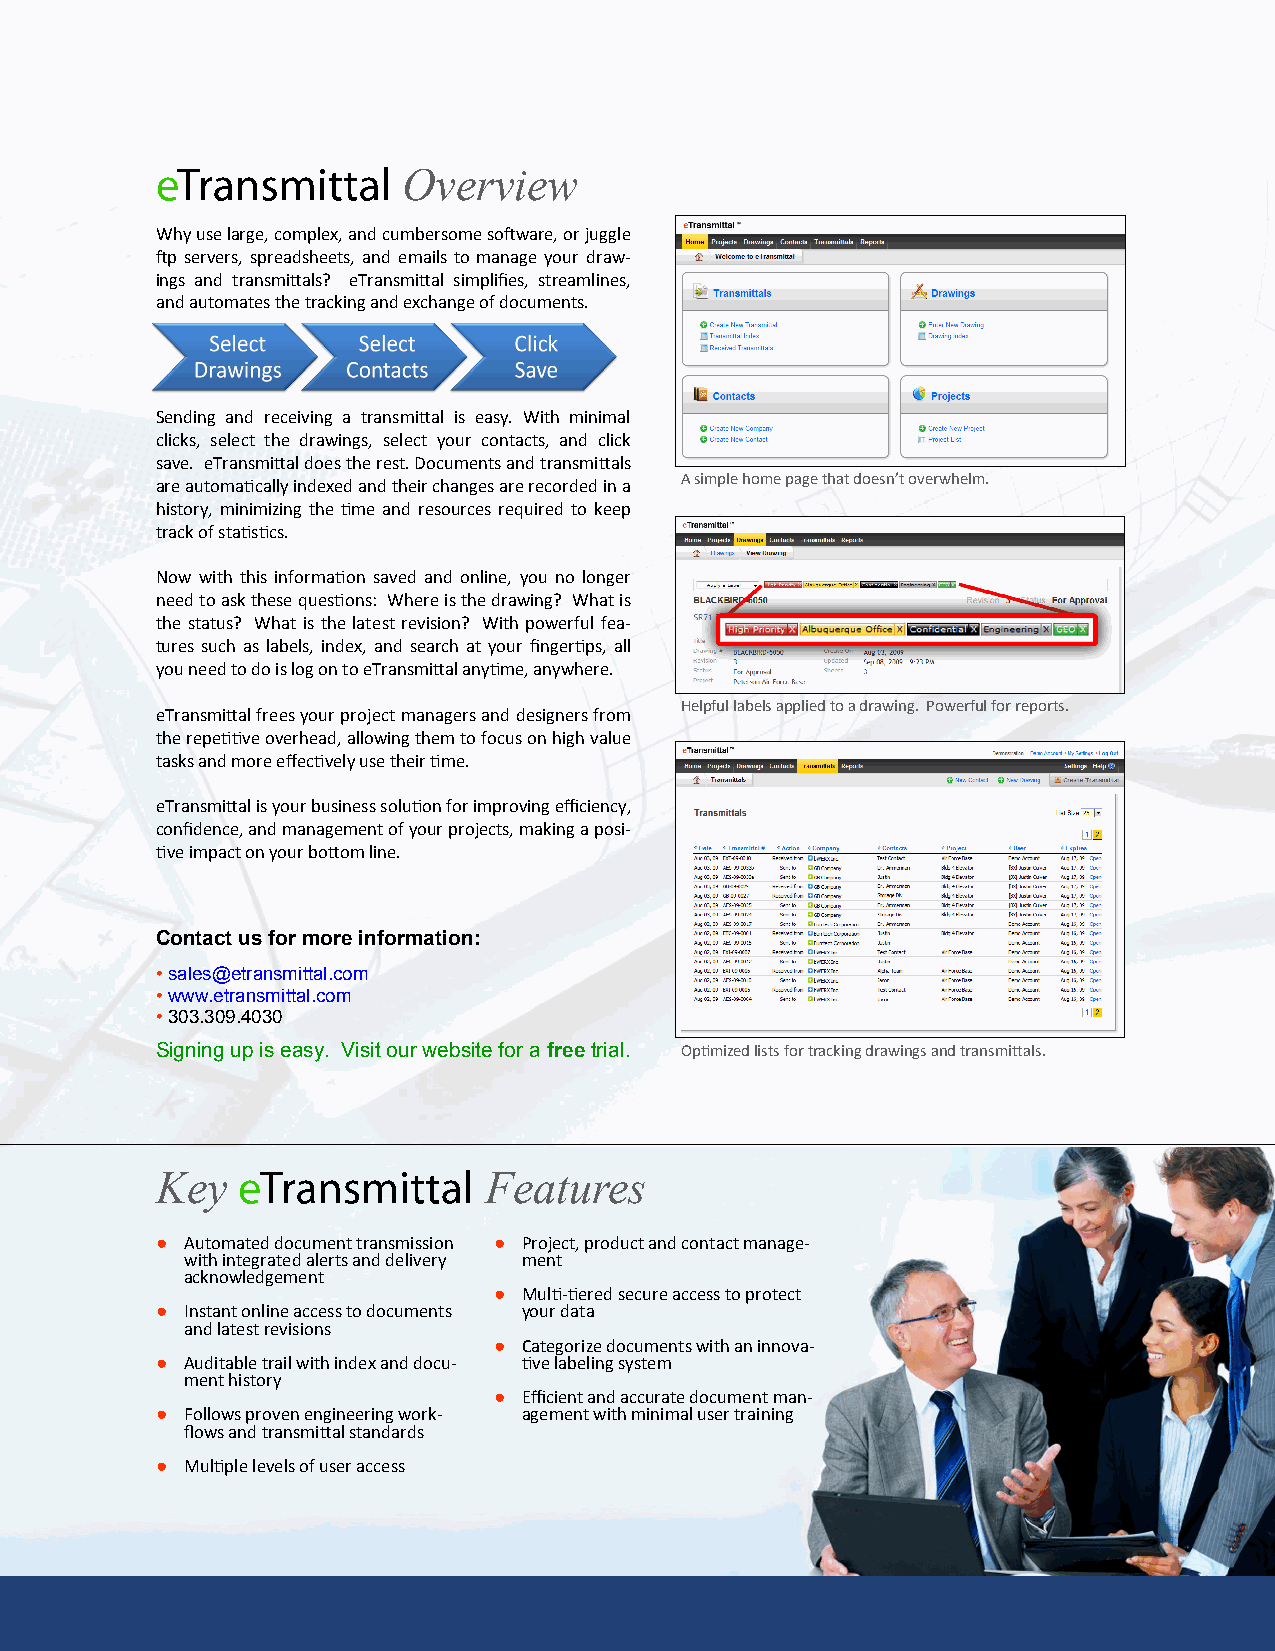
Overview
 Why use large, complex, and cumbersome software, or juggle
 ftp servers, spreadsheets, and emails to manage your draw-
 ings and transmittals? eTransmittal simplifies, streamlines,
 and automates the tracking and exchange of documents.
 Sending and receiving a transmittal is easy. With minimal
 clicks, select the drawings, select your contacts, and click
 save. eTransmittal does the rest. Documents and transmittals
 are automatically indexed and their changes are recorded in a A simple home page that doesn’t overwhelm.
 history, minimizing the time and resources required to keep
 track of statistics.
 Now with this information saved and online, you no longer
 need to ask these questions: Where is the drawing? What is
 the status? What is the latest revision? With powerful fea-
 tures such as labels, index, and search at your fingertips, all
 you need to do is log on to eTransmittal anytime, anywhere.
 Helpful labels applied to a drawing. Powerful for reports.
 eTransmittal frees your project managers and designers from
 the repetitive overhead, allowing them to focus on high value
 tasks and more effectively use their time.
 eTransmittal is your business solution for improving efficiency,
 confidence, and management of your projects, making a posi-
 tive impact on your bottom line.
 Contact us for more information:
 • sales@etransmittal.com
 • www.etransmittal.com
 • 303.309.4030
 Signing up is easy. Visit our website for a free trial. Optimized lists for tracking drawings and transmittals.
 Key                   Features
 ● Automated document transmission ● Project, product and contact manage-
 with integrated alerts and delivery ment
 acknowledgement
 ● Multi-tiered secure access to protect
 ● Instant online access to documents your data
 and latest revisions
 ● Categorize documents with an innova-
 ● Auditable trail with index and docu- tive labeling system
 ment history
 ● Efficient and accurate document man-
 ● Follows proven engineering work- agement with minimal user training
 flows and transmittal standards
 ● Multiple levels of user access